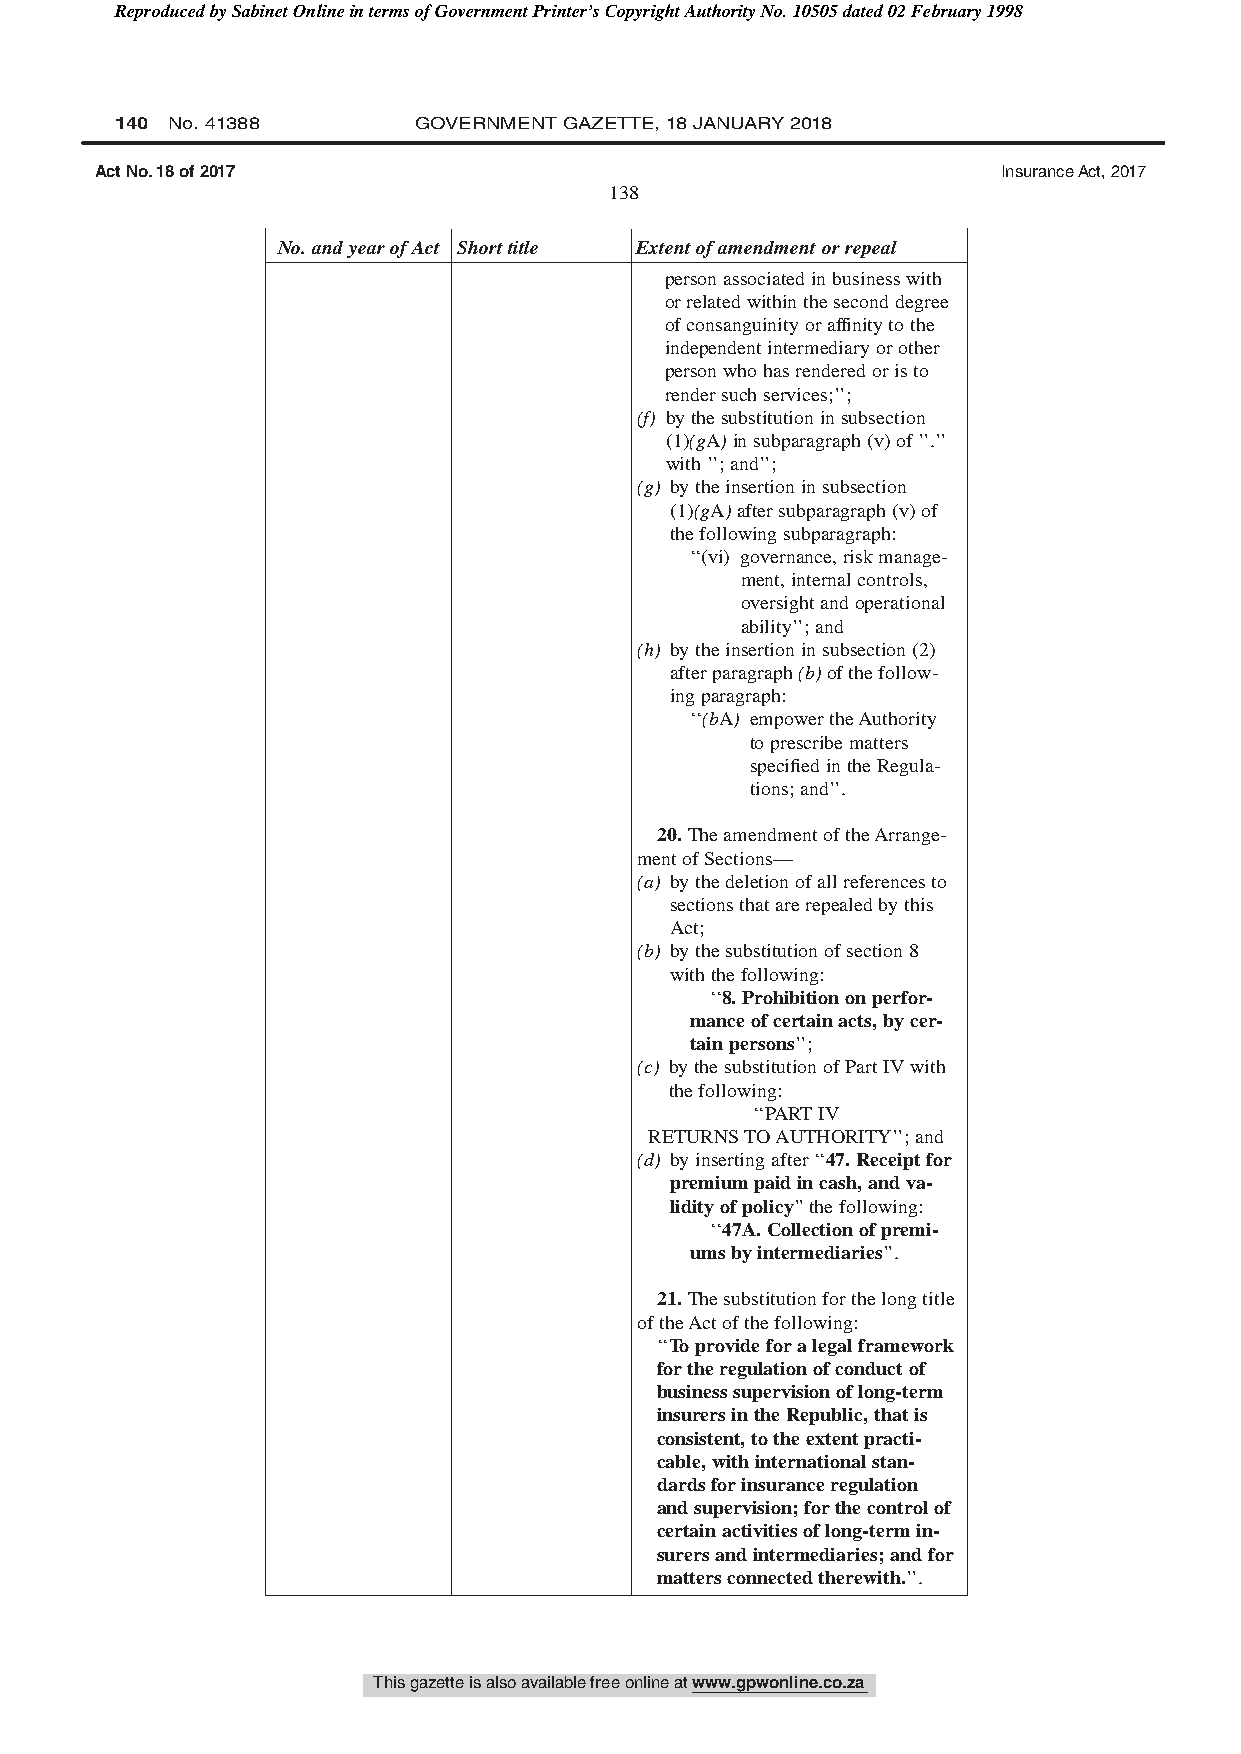
Reproduced by Sabinet Online in terms of Government Printer’s Copyright Authority No. 10505 dated 02 February 1998
 140 No. 41388      GOVERNMENT GAZETTE, 18 JANUARY 2018
 Act No. 18 of 2017                                          Insurance Act, 2017
 138
 No.andyearofAct Shorttitle Extentofamendmentorrepeal
 personassociatedinbusinesswith
 orrelatedwithintheseconddegree
 ofconsanguinityoraffinitytothe
 independentintermediaryorother
 personwhohasrenderedoristo
 rendersuchservices;’’;
 (f) bythesubstitutioninsubsection
 (1)(gA)insubparagraph(v)of’’.’’
 with’’;and’’;
 (g) bytheinsertioninsubsection
 (1)(gA)aftersubparagraph(v)of
 thefollowingsubparagraph:
 ‘‘(vi) governance,riskmanage-
 ment,internalcontrols,
 oversightandoperational
 ability’’;and
 (h) bytheinsertioninsubsection(2)
 afterparagraph(b)ofthefollow-
 ingparagraph:
 ‘‘(bA) empowertheAuthority
 toprescribematters
 specifiedintheRegula-
 tions;and’’.
 20.TheamendmentoftheArrange-
 mentofSections—
 (a) bythedeletionofallreferencesto
 sectionsthatarerepealedbythis
 Act;
 (b) bythesubstitutionofsection8
 withthefollowing:
 ‘‘8.Prohibitiononperfor-
 manceofcertainacts,bycer-
 tainpersons’’;
 (c) bythesubstitutionofPartIVwith
 thefollowing:
 ‘‘PARTIV
 RETURNSTOAUTHORITY’’;and
 (d) byinsertingafter‘‘47.Receiptfor
 premiumpaidincash,andva-
 lidityofpolicy’’thefollowing:
 ‘‘47A.Collectionofpremi-
 umsbyintermediaries’’.
 21.Thesubstitutionforthelongtitle
 oftheActofthefollowing:
 ‘‘Toprovideforalegalframework
 fortheregulationofconductof
 businesssupervisionoflong-term
 insurersintheRepublic,thatis
 consistent,totheextentpracti-
 cable,withinternationalstan-
 dardsforinsuranceregulation
 andsupervision;forthecontrolof
 certainactivitiesoflong-termin-
 surersandintermediaries;andfor
 mattersconnectedtherewith.’’.
 This gazette is also available free online at www.gpwonline.co.za